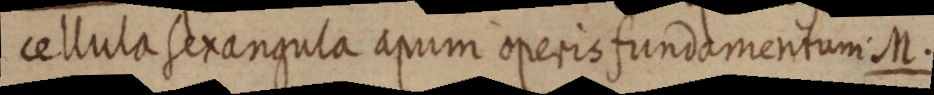
cellula sexangula apum operis fundamentum M.